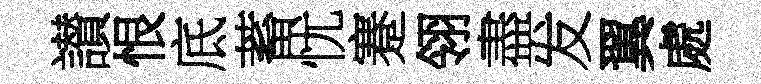
讃恨底蓄忧蹇翎盡发翼處